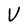
Character: V